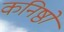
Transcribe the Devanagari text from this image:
कनिष्ठों